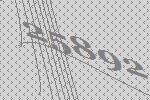
25892